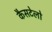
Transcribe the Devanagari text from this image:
कैसटेलो